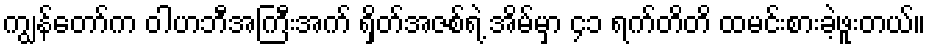
ကျွန်တော်က ဝါဟဘီအကြီးအက် ရှိတ်အဇစ်ရဲ့ အိမ်မှာ ၄၁ ရက်တိတိ ထမင်းစားခဲ့ဖူးတယ်။